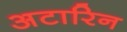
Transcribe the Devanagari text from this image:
अटारिन